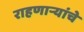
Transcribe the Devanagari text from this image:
राहणाऱ्यांचे